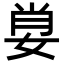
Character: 𡜽